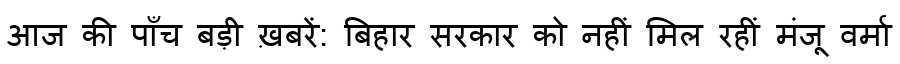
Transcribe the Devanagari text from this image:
आज की पाँच बड़ी ख़बरें: बिहार सरकार को नहीं मिल रहीं मंजू वर्मा